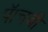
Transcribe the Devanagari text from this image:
पॅाचवी